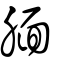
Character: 腼